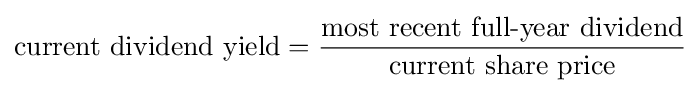
{\text{current dividend yield}}={\frac {\text{most recent full-year dividend}}{\text{current share price}}}